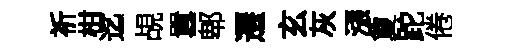
祈柑迄覘囂郫遷玄灰漲夐跎倦